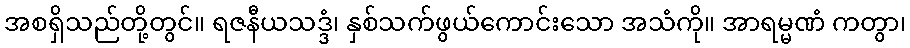
အစရှိသည်တို့တွင်။ ရဇနီယသဒ္ဒံ၊ နှစ်သက်ဖွယ်ကောင်းသော အသံကို။ အာရမ္မဏံ ကတွာ၊